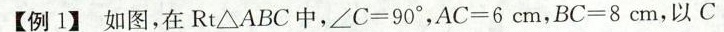
【例1】如图，在Rt△ABC中，$$∠ C = 9 0 °$$，$$A C = 6 c m$$，$$B C = 8 c m$$，以C